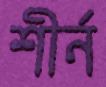
শীর্ন